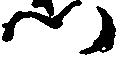
門